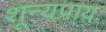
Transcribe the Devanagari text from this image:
शून्यप्रायः